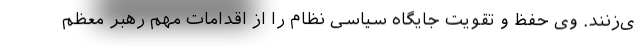
ی‌زنند. وی حفظ و تقویت جایگاه سیاسی نظام را از اقدامات مهم رهبر معظم